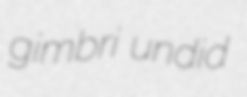
gimbri undid